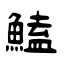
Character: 鰪